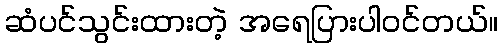
ဆံပင်သွင်းထားတဲ့ အရေပြားပါဝင်တယ်။